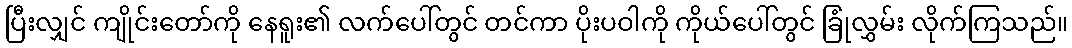
ပြီးလျှင် ကျိုင်းတော်ကို နေရူး၏ လက်ပေါ်တွင် တင်ကာ ပိုးပဝါကို ကိုယ်ပေါ်တွင် ခြုံလွှမ်း လိုက်ကြသည်။